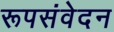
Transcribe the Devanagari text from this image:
रूपसंवेदन